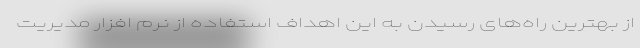
از بهترین راه‌های رسیدن به این اهداف استفاده از نرم افزار مدیریت